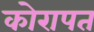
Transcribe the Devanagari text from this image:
कोरापत